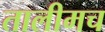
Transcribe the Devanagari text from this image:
तालीमच